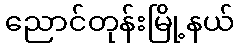
ညောင်တုန်းမြို့နယ်